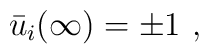
\bar u_i(\infty) = \pm 1\ ,